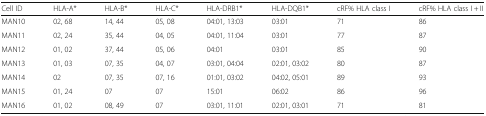
<table><thead><tr><td><b>Cell ID</b></td><td><b>HLA-A*</b></td><td><b>HLA-B*</b></td><td><b>HLA-C*</b></td><td><b>HLA-DRB1*</b></td><td><b>HLA-DQB1*</b></td><td><b>cRF% HLA class I</b></td><td><b>cRF% HLA class I + II</b></td></tr></thead><tbody><tr><td>MAN10</td><td>02, 68</td><td>14, 44</td><td>05, 08</td><td>04:01, 13:03</td><td>03:01</td><td>71</td><td>86</td></tr><tr><td>MAN11</td><td>02, 24</td><td>35, 44</td><td>04, 05</td><td>04:01, 11:04</td><td>03:01</td><td>77</td><td>87</td></tr><tr><td>MAN12</td><td>01, 02</td><td>37, 44</td><td>05, 06</td><td>04:01</td><td>03:01</td><td>85</td><td>90</td></tr><tr><td>MAN13</td><td>01, 03</td><td>07, 35</td><td>04, 07</td><td>03:01, 04:04</td><td>02:01, 03:02</td><td>80</td><td>87</td></tr><tr><td>MAN14</td><td>02</td><td>07, 35</td><td>07, 16</td><td>01:01, 03:02</td><td>04:02, 05:01</td><td>89</td><td>93</td></tr><tr><td>MAN15</td><td>01, 24</td><td>07</td><td>07</td><td>15:01</td><td>06:02</td><td>86</td><td>96</td></tr><tr><td>MAN16</td><td>01, 02</td><td>08, 49</td><td>07</td><td>03:01, 11:01</td><td>02:01, 03:01</td><td>71</td><td>81</td></tr></tbody></table>